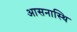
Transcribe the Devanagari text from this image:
आसनास्थि